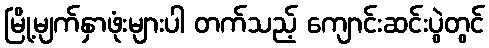
မြို့မျက်နှာဖုံးများပါ တက်သည့် ကျောင်းဆင်းပွဲတွင်